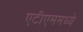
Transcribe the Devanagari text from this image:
एटीएममध्ये